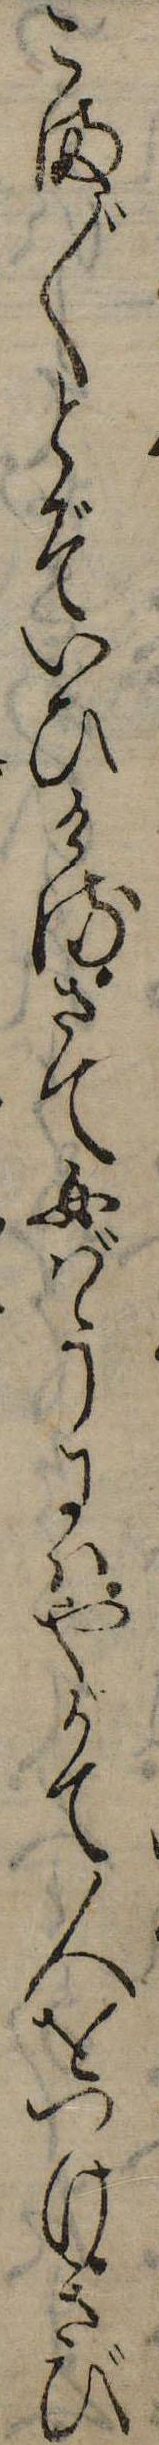
こま〲とぞいひけるさて女ばうにはやがて人をつけきび